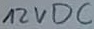
Text: 12VDC